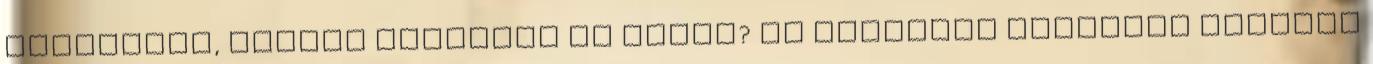
egymásban, hogyan intézzük az ügyet? Az általunk javasolt módszer